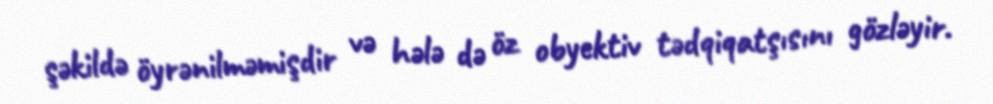
şəkildə öyrənilməmişdir və hələ də öz obyektiv tədqiqatşısını gözləyir.